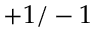
+ 1 / - 1